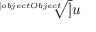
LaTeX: \sqrt [ [object Object] ] { u }